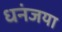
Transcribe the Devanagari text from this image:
धनंजया